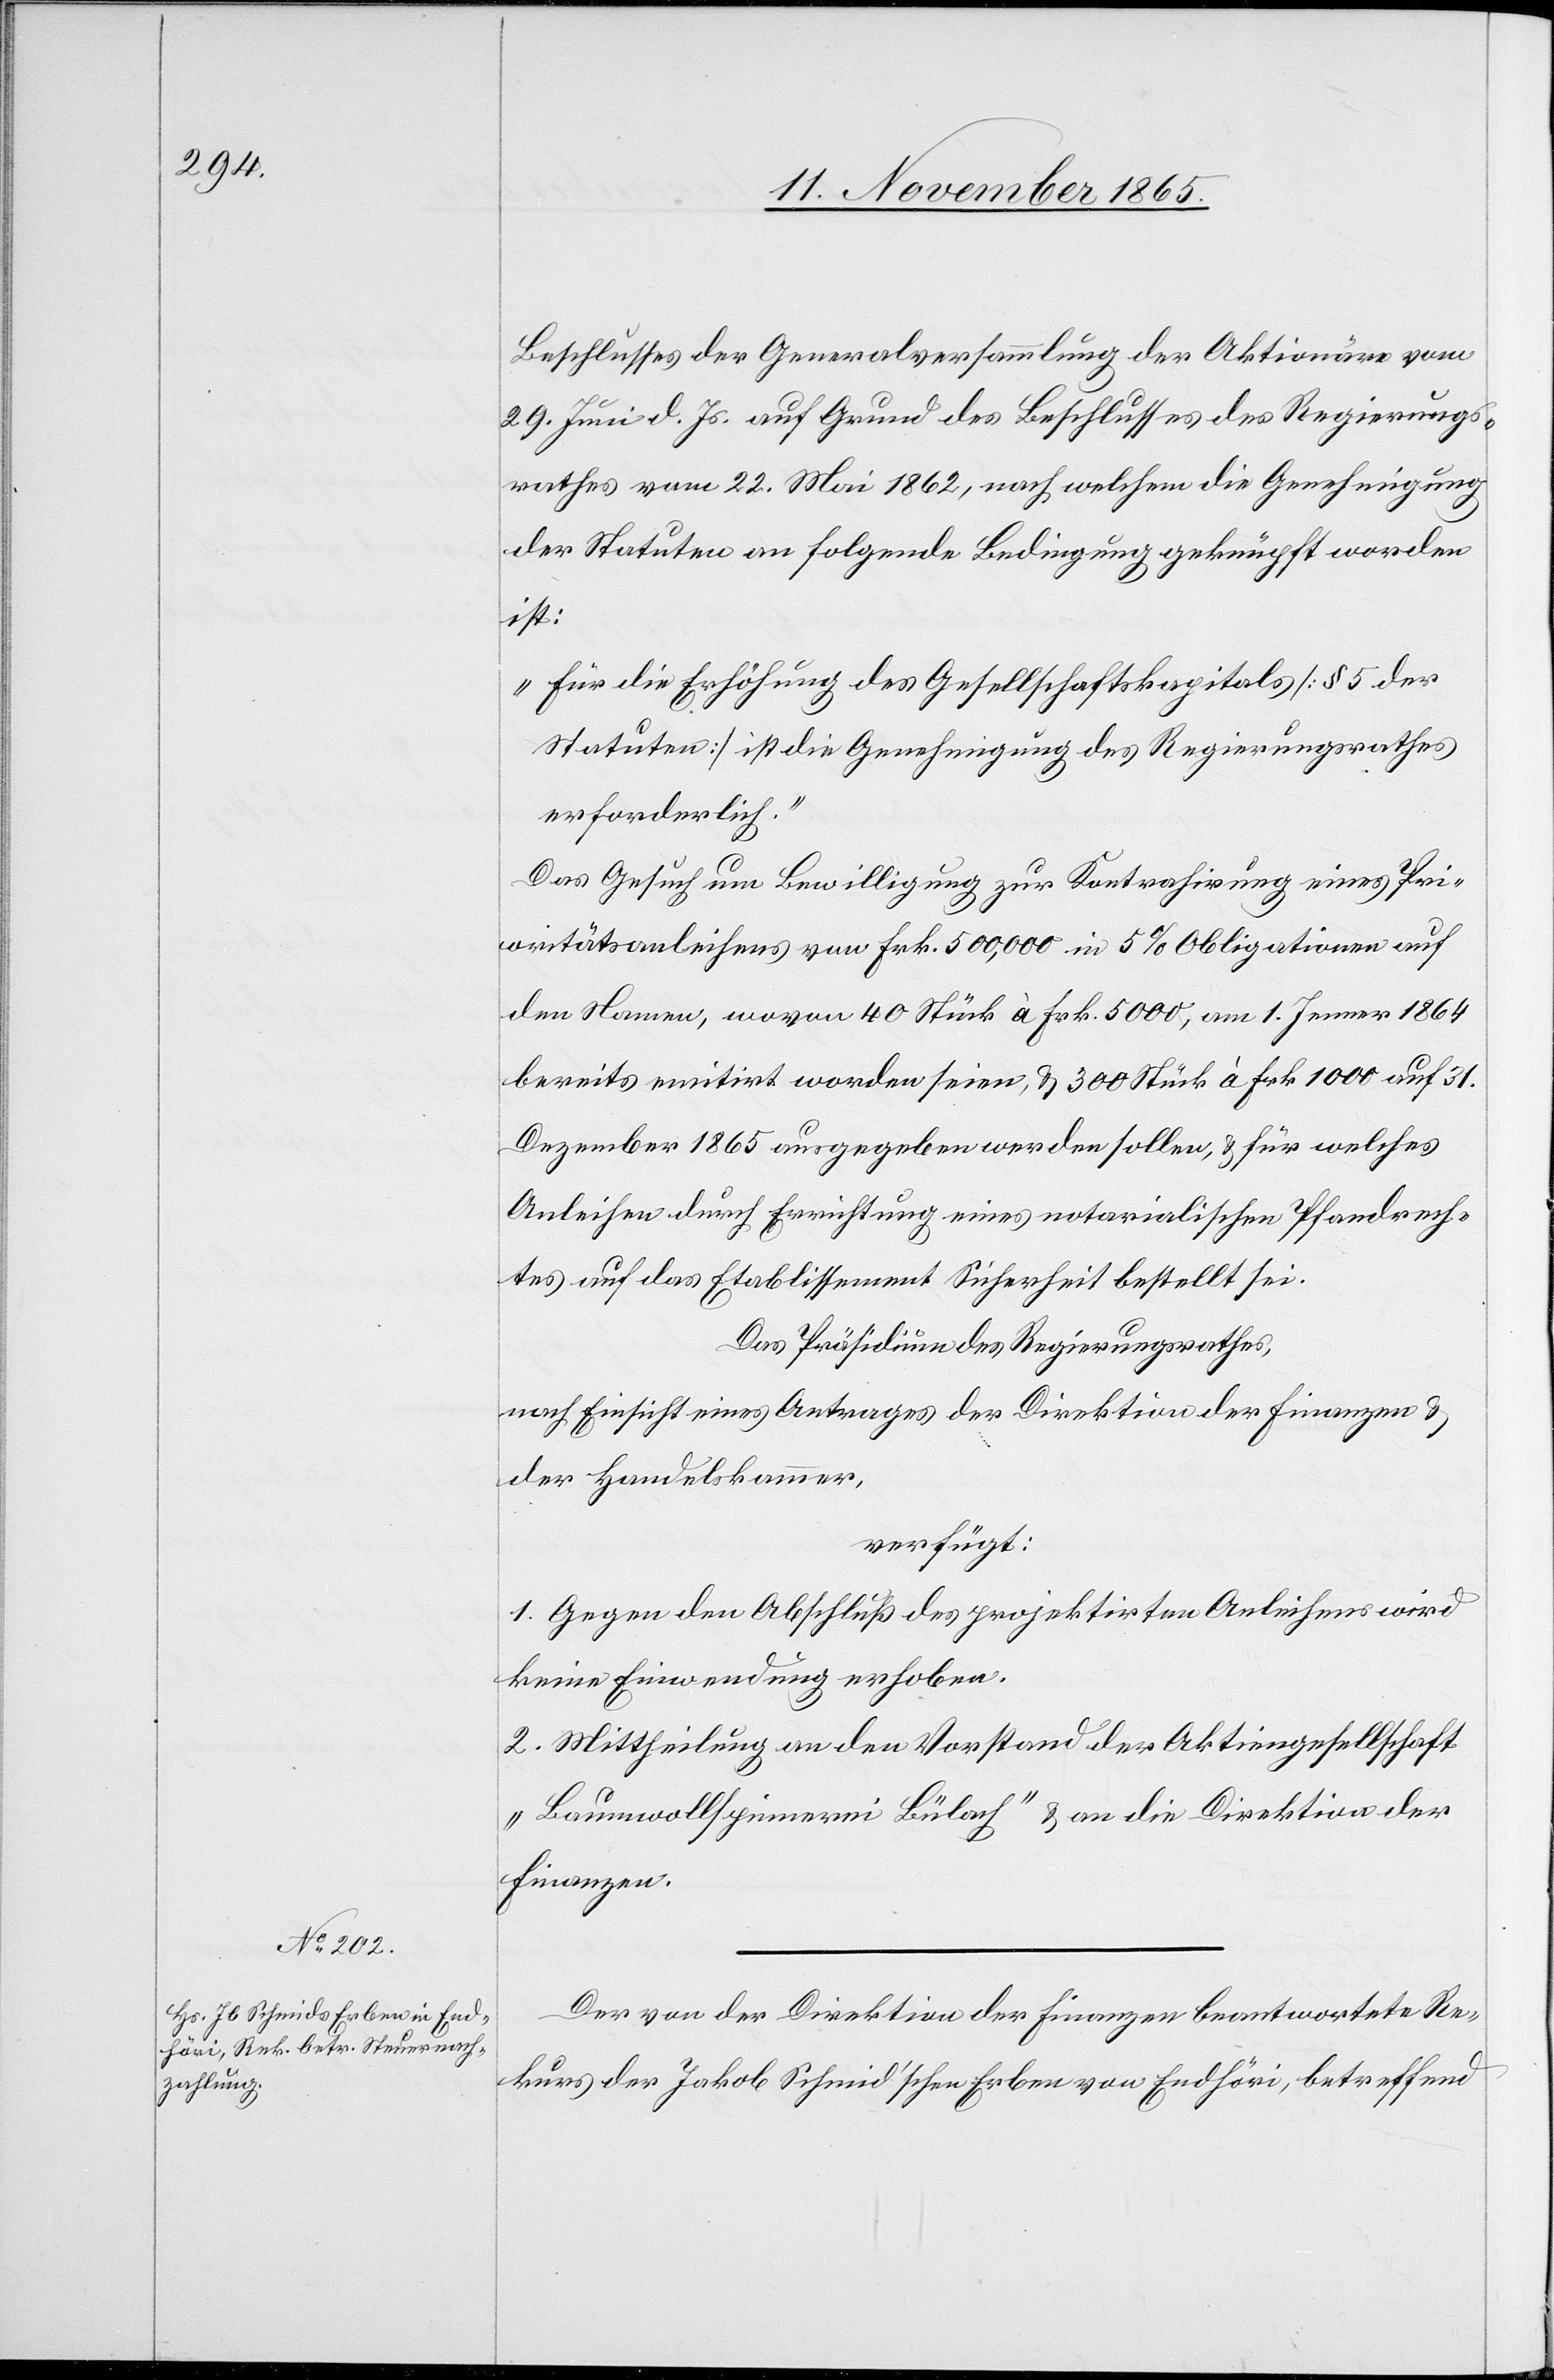
14. November 1865.]
Beschlusses der Generalversammlung der Aktionäre vom
29. Juni d. Js. auf Grund des Beschlusses des Regierungs¬
rathes vom 22. Mai 1862, nach welchem die Genehmigung
der Statuten an folgende Bedingung geknüpft worden
ist:
„Für die Erhöhung des Gesellschaftskapitals [§ 5 der
Statuten] ist die Genehmigung des Regierungsrathes
erforderlich.“
Das Gesuch um Bewilligung zur Kontrahirung eines Pri¬
oritätsanleihens von Frk. 500,000 in 5% Obligationen auf
den Namen, wovon 40 Stück à Frk. 5000, am 1. Januar 1864
bereits emitirt worden seien, & 300 Stück à Frk. 1000 auf 31.
Dezember 1865 ausgegeben werden sollen, & für welches
Anleihen durch Errichtung eines notarialischen Pfandrech¬
tes auf das Etablissement Sicherheit bestellt sei.
Das Präsidium des Regierungsrathes,
nach Einsicht eines Antrages der Direktion der Finanzen &
der Handelskammer,
verfügt:
1. Gegen den Abschluß des projektirten Anleihens wird
keine Einwendung erhoben.
2. Mittheilung an den Vorstand der Aktiengesellschaft
„Baumwollspinnerei Bülach“ & an die Direktion der
Finanzen.
Der von der Direktion der Finanzen beantwortete Re¬
kurs der Jakob Schmid’schen Erben von Endhöri, betreffend